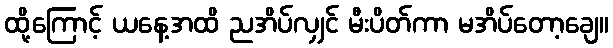
ထို့ကြောင့် ယနေ့အထိ ညအိပ်လျှင် မီးပိတ်ကာ မအိပ်တော့ချေ။